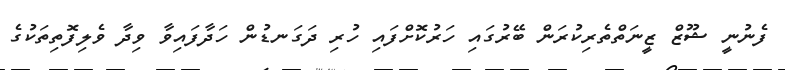
ފެނުނީ ޝޫޒް ޒީނަތްތެރިކުރަން ބޭރުގައި ހަރުކޮށްފައި ހުރި ދަގަނޑުން ހަދާފައިވާ ވިދާ ވެލިފޮތިތަކުގެ